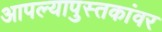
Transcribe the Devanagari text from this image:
आपल्यापुस्तकांवर